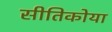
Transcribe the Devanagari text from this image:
सीतिकोया